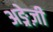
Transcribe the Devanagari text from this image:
अङ्रेज़ी